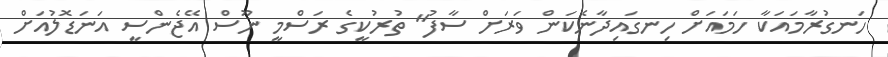
ހަނގުރާމައަކާ ހަމައަށް ހިނގައިދާނެކަން ވަރަށް ސާފު" ތުރުކީގެ ރަސްމީ ނޫސް އޭޖެންސީ އަނަޑޮލުއަށް